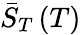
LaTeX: \bar{S}_{T}\left(T\right)